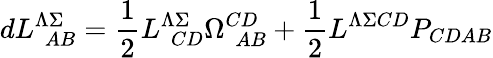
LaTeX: dL_{\ \ AB}^{\Lambda\Sigma}={\frac{1}{2}}L_{\ \ CD}^{\Lambda\Sigma}\Omega_{\ \ AB}^{CD}+{\frac{1}{2}}L^{\Lambda\Sigma CD}P_{CDAB}